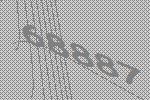
68887